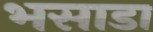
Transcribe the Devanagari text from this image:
भसाडा